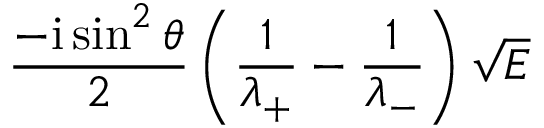
\frac { - \mathrm { i } \sin ^ { 2 } \theta } { 2 } \left( \frac { 1 } { \lambda _ { + } } - \frac { 1 } { \lambda _ { - } } \right) \sqrt { E }